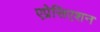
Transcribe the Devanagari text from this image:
एप्रेसिएशन